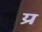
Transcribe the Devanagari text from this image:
य्र